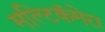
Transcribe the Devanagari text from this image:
मल्टिकॅमेरा